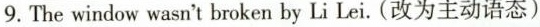
9.The window wasn't broken by Li Lei.(改为主动语态)